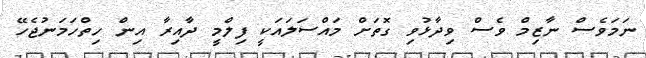
ނަމަވެސް ނާޒިމް ވެސް ވިދާޅުވި ގޮތަށް މައްސަލައަކީ ފިލްމީ ދާއިރާ އިން ހިތްހަމަނުޖެހޭ